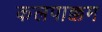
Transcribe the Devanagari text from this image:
कलपाक्कम